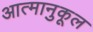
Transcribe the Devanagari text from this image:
आत्मानुकूल